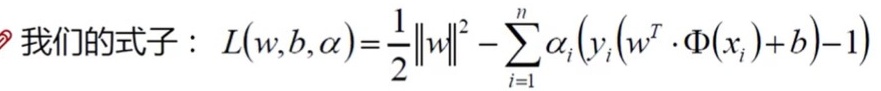
我们的式子：$L(w,b,\alpha)=\frac{1}{2}\|w\|^2 - \sum_{i=1}^{n} \alpha_{i}(y_{i}(w^{T} \cdot \Phi(x_{i})+b)-1)$